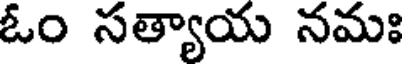
ఓం సత్యాయ నమః